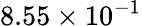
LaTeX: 8.55\times 10^{-1}